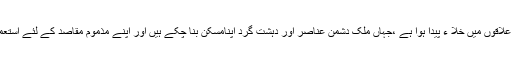
اس کے سبب ان علاقوں میں خلا ء پیدا ہوا ہے ،جہاں ملک دشمن عناصر اور دہشت گرد اپنامسکن بنا چکے ہیں اور اپنے مذموم مقاصد کے لئے استعمال کر رہے ہیں۔